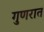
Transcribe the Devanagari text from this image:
गुणरात